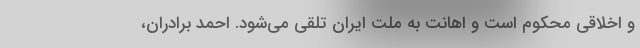
و اخلاقی محکوم است و اهانت به ملت ایران تلقی می‌شود. احمد برادران،